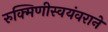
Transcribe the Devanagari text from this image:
रुक्मिणीस्वयंवराने